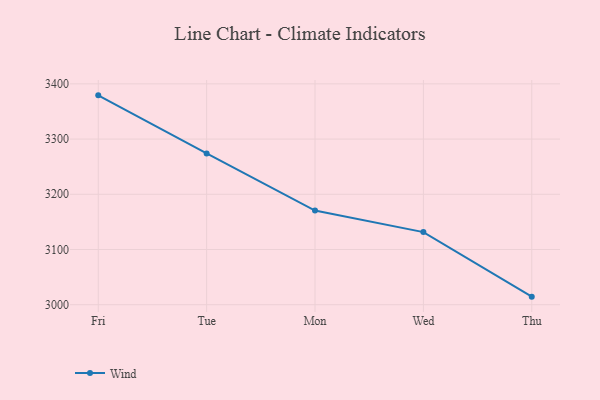
{"axis": {"x": "Day", "y": "Customer Acquisition Cost (USD)"}, "legend": ["Wind"], "data": [{"x": "Fri", "y": 3379.2, "type": "Wind"}, {"x": "Tue", "y": 3274.1, "type": "Wind"}, {"x": "Mon", "y": 3170.6, "type": "Wind"}, {"x": "Wed", "y": 3131.5, "type": "Wind"}, {"x": "Thu", "y": 3014.6, "type": "Wind"}]}